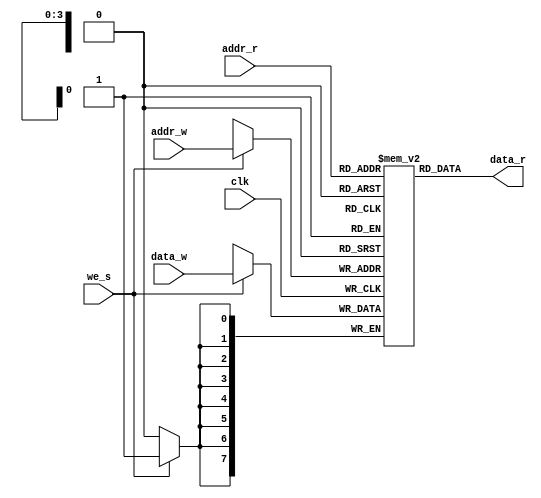
//`timescale 1ns / 1ps
module mem #(parameter addr_size=4, word_width=8)(
    input we_s, clk,//write enable signal 
    input [addr_size-1:0] addr_r,//read address
    input [addr_size-1:0] addr_w,//write address
    input [word_width-1:0] data_w,//data to be written
   output [word_width-1:0] data_r //data to be read
   );
    
    
    //Declaraing memory
   reg [word_width-1:0] reg_mem [0: 2**addr_size -1];
   
   //Write operation 
   always@(posedge clk) 
   begin
   if(we_s)
   reg_mem[addr_w] <= data_w;
   end
   
   //Asynchronous read
    assign data_r = reg_mem[addr_r];
endmodule